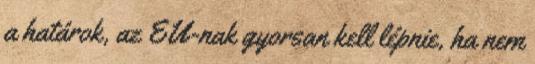
a határok, az EU-nak gyorsan kell lépnie, ha nem